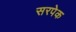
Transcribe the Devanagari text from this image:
सरपेक